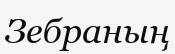
Зебраның